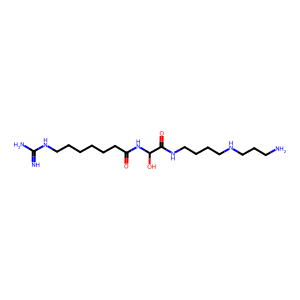
SMILES: N=C(N)NCCCCCCC(=O)NC(O)C(=O)NCCCCNCCCN
Inhibits HIV replication: No